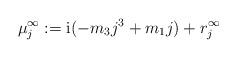
LaTeX: \begin{align*}\mu_j^{\infty}:=\mathrm{i} (-m_3 j^3+m_1 j)+r_j^{\infty}\end{align*}